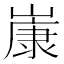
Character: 𡻚